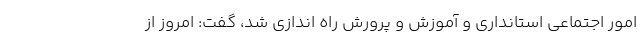
امور اجتماعی استانداری و آموزش و پرورش راه اندازی شد، گفت: امروز از